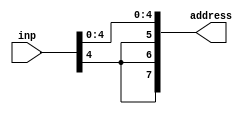
`timescale 1ns / 1ps
//////////////////////////////////////////////////////////////////////////////////
// Company: 
// Engineer: 
// 
// Design Name: 
// Module Name: jump
// Project Name: 
// Target Devices: 
// Tool Versions: 
// Description: 
// 
// Dependencies: 
// 
// Revision:
// Revision 0.01 - File Created
// Additional Comments:
// 
//////////////////////////////////////////////////////////////////////////////////


module jump(input[7:0] inp, 
        output [7:0] address );
       
       wire [4:0] temp;

assign temp = inp[4:0];
assign address = {{3{temp[4]}},temp};

endmodule